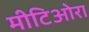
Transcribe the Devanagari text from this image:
मीटिओरा